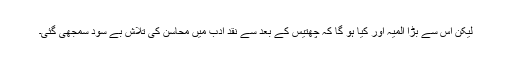
لیکن اس سے بڑا المیہ اور کیا ہو گا کہ چھتیس کے بعد سے نقد ادب میں محاسن کی تلاش بے سود سمجھی گئی۔